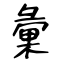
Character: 彙